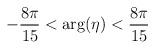
LaTeX: \begin{align*}-{8\pi\over15} <{\rm arg}(\eta)<{8\pi\over15}\end{align*}